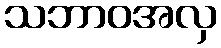
သဘာဝအလှ